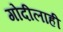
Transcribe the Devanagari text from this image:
गोदीलाही